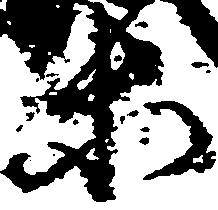
等